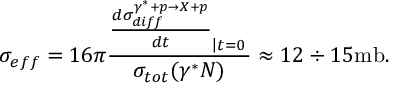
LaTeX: \sigma _ { e f f } = 1 6 \pi { \frac { { \frac { d \sigma _ { d i f f } ^ { \gamma ^ { * } + p \rightarrow X + p } } { d t } } _ { \left| t = 0 \right. } } { \sigma _ { t o t } ( \gamma ^ { * } N ) } } \approx 1 2 \div 1 5 \mathrm { m b } .